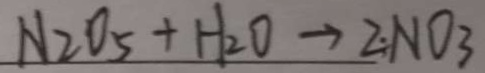
N _ { 2 } O _ { 5 } + H _ { 2 } O \rightarrow 2 N O _ { 3 }